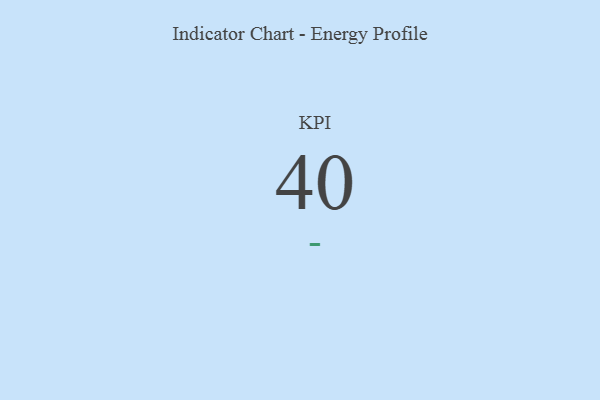
{"axis": {"x": "KPI", "y": "Value"}, "legend": [""], "data": [{"x": "KPI", "y": 40, "type": ""}]}